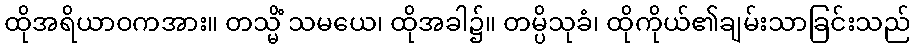
ထိုအရိယာဝကအား။ တသ္မိံ သမယေ၊ ထိုအခါ၌။ တမ္ပိသုခံ၊ ထိုကိုယ်၏ချမ်းသာခြင်းသည်